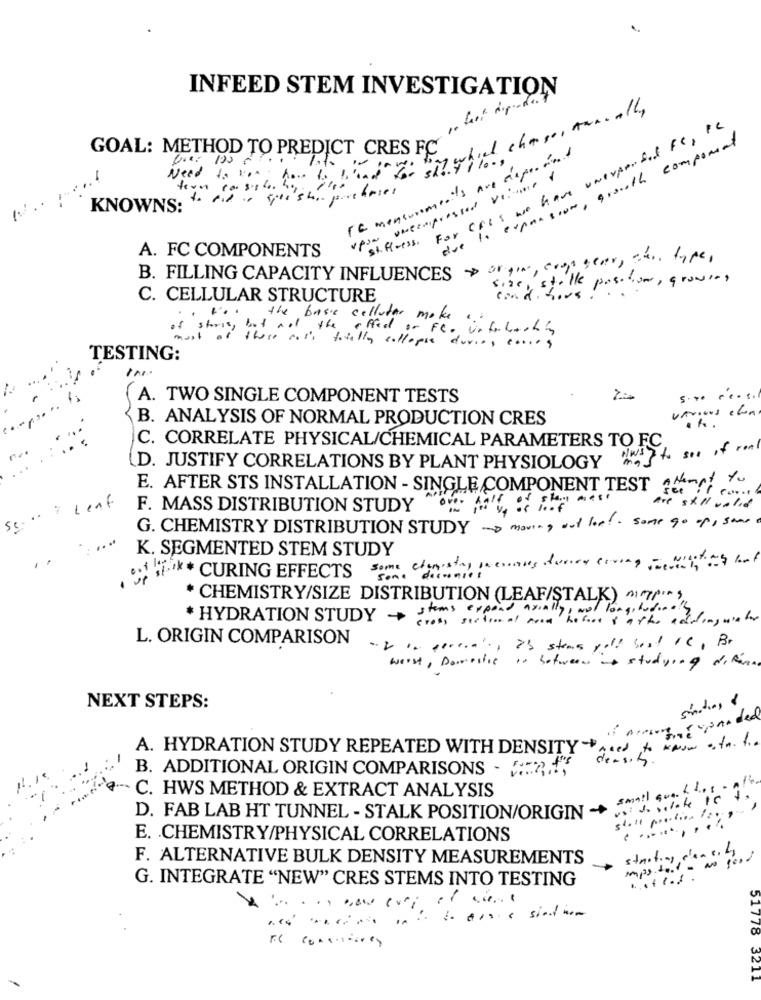
.
INFEED STEM INVESTIGATION
. hol dip-det
For CRES we have unexported FC , PC
GOAL: METHOD TO PREDICT CRES FC
due to expansion, growth component
400 : 100 0
FC mensurements are deporand
-
Need to kan; have to be"and"
upon uncompressed volume &
tern console. ho ild
KNOWNS:
st. Press .
A. FC COMPONENTS
B. FILLING CAPACITY INFLUENCES origin, con year, two, type,
Size, stalle position, growing
C. CELLULAR STRUCTURE
conditions!
to the base colluter make ,
the
affect or FC. infolaching
of storing flore coss totally collapse duria, conies
TESTING:
IN
A. TWO SINGLE COMPONENT TESTS
5 . .. .... .
various con
B. ANALYSIS OF NORMAL PRODUCTION CRES
C. CORRELATE PHYSICAL/CHEMICAL PARAMETERS TO FC
was to see of real
D. JUSTIFY CORRELATIONS BY PLANT PHYSIOLOGY
E. AFTER STS INSTALLATION - SINGLE COMPONENT TEST Attempt to
Leaf
of shan mesi
F. MASS DISTRIBUTION STUDY
are still valid
sc-
G. CHEMISTRY DISTRIBUTION STUDY -making out lost. some go op, som
K. SEGMENTED STEM STUDY
SECURING EFFECTS some tenesta, previous dones coming - with beef
* CHEMISTRY/SIZE DISTRIBUTION (LEAF/STALK) ~~ ,
stems expend arially , wol longitudin.
* HYDRATION STUDY
+
cross sectional noed hofors & atto andlinguater
L. ORIGIN COMPARISON
weist , Domestic in between studying difanns
sinations &
NEXT STEPS:
if Armung gupanded
A. HYDRATION STUDY REPEATED WITH DENSITY .... to Know .. In. f.
density .
B. ADDITIONAL ORIGIN COMPARISONS - :: 2.4"
small que k des - nte.
. C. HWS METHOD & EXTRACT ANALYSIS
shall practice lange
D. FAB LAB HT TUNNEL - STALK POSITION/ORIGIN ++
. ....... ...
E. CHEMISTRY/PHYSICAL CORRELATIONS
starting c'encity
F. ALTERNATIVE BULK DENSITY MEASUREMENTS
No good
G. INTEGRATE "NEW" CRES STEMS INTO TESTING
........
arre sindim
51778
3211